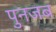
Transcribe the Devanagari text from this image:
पुनजब